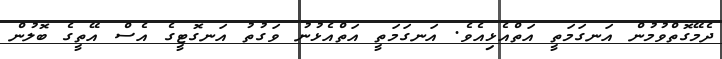
ދެމޭގޮތްވުމުން އަނގަމަތީ އަތްއެޅިއެވެ. އަނގަމަތީ އަތްއެޅުނު ވަގުތު އަނގޮޓީގެ އެސް އޭތީގެ ބޮލުން